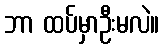
ဘာ ထပ်မှာဦးမလဲ။